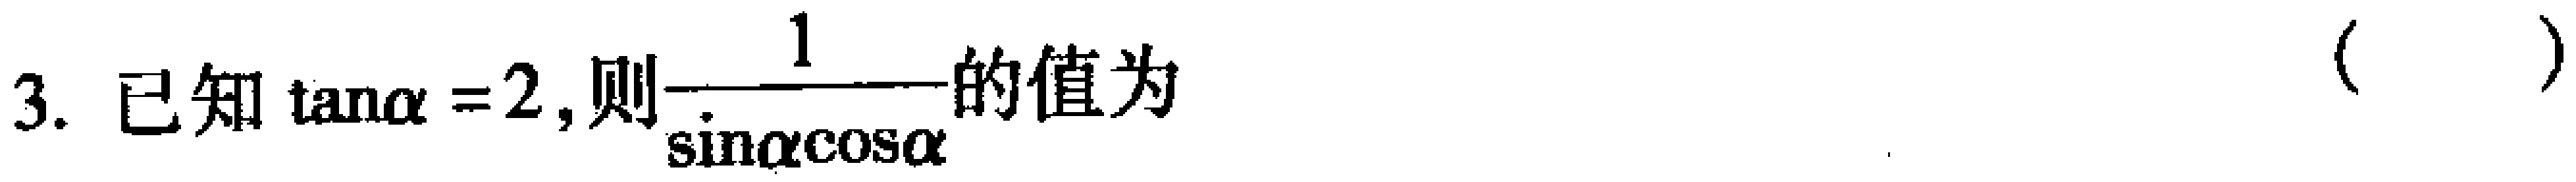
3. 已知$\tan\alpha = 2$,则$\dfrac{1}{\sin\alpha\cos\alpha}$的值为（  ）